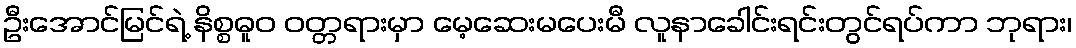
ဦးအောင်မြင်ရဲ့ နိစ္စဓူဝ ဝတ္တရားမှာ မေ့ဆေးမပေးမီ လူနာခေါင်းရင်းတွင်ရပ်ကာ ဘုရား၊